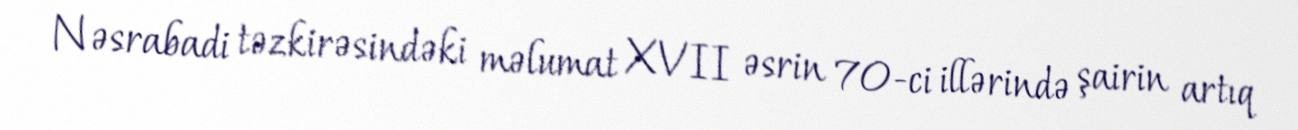
Nəsrabadi təzkirəsindəki məlumat XVII əsrin 70-ci illərində şairin artıq